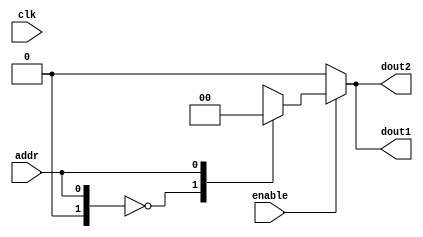
module VG_ROM(
input enable,
    input clk,
    input addr,
    output  dout1,
    output  dout2
    );
parameter DATA_WIDTH=18;
parameter ADDRESS_WIDTH=2;
parameter DATA_DEPTH=1<<ADDRESS_WIDTH;
reg [ADDRESS_WIDTH-1:0] local_addr;
reg [DATA_WIDTH-1:0] local_dout1,local_dout2;

assign dout1=enable?local_dout1:{(DATA_WIDTH-1)*0};
assign dout2=enable?local_dout2:{(DATA_WIDTH-1)*0};

always@(enable)
	local_addr=addr;
	
always @(*) begin 
	case(local_addr)
		4'h0: begin 
				local_dout1<=18'h00000;//+0.0
				local_dout2<=18'h00000;//+0.0
				end
		4'h1: begin 
				local_dout1<=18'b0_0000_000001000000;//+0.015625
				local_dout2<=18'b0_0000_0010000000000;//+0.125
				end
		4'h2: begin 
				local_dout1<=18'b0_0000_0100000000000;//+0.25
				local_dout2<=18'b0_0000_1000000000000;//+0.5
				end
		4'h3: begin 
				local_dout1<=18'b0_0000_0000010000000;//+0.015625
				local_dout2<=18'b0_0000_1110000000000;//+0.875
				end
	endcase

end


endmodule